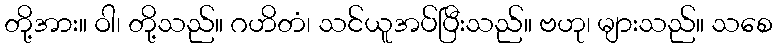
တို့အား။ ဝါ၊ တို့သည်။ ဂဟိတံ၊ သင်ယူအပ်ပြီးသည်။ ဗဟု၊ များသည်။ သစေ